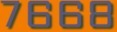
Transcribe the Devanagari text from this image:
७६६८